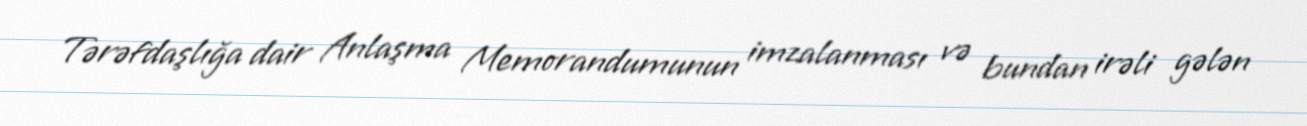
Tərəfdaşlığa dair Anlaşma Memorandumunun imzalanması və bundan irəli gələn